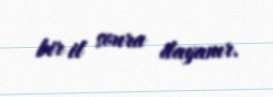
bir il sonra dayanır.